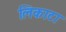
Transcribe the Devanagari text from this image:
लिकाटा